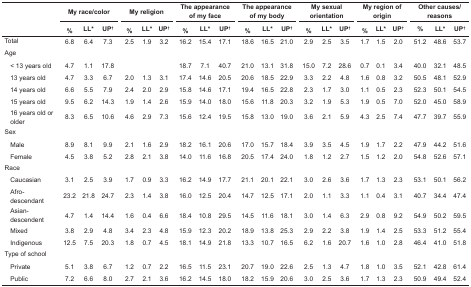
<table><thead><tr><td colspan="2"></td><td colspan="3"><b> My race/color</b></td><td></td><td colspan="3"><b> My religion</b></td><td></td><td colspan="3"><b> The appearance of my face</b></td><td></td><td colspan="3"><b> The appearance of my body</b></td><td></td><td colspan="3"><b> My sexual orientation</b></td><td></td><td colspan="3"><b> My region of origin</b></td><td></td><td colspan="3"><b> Other causes/reasons</b></td></tr><tr><td colspan="2"></td><td><b> %</b></td><td><b> LL*</b></td><td><b> UP<sup>†</sup></b></td><td></td><td><b> %</b></td><td><b> LL*</b></td><td><b> UP<sup>†</sup></b></td><td></td><td><b> %</b></td><td><b> LL*</b></td><td><b> UP<sup>†</sup></b></td><td></td><td><b> %</b></td><td><b> LL*</b></td><td><b> UP<sup>†</sup></b></td><td></td><td><b> %</b></td><td><b> LL*</b></td><td><b> UP<sup>†</sup></b></td><td></td><td><b> %</b></td><td><b> LL*</b></td><td><b> UP<sup>†</sup></b></td><td></td><td><b> %</b></td><td><b> LL*</b></td><td><b> UP<sup>†</sup></b></td></tr></thead><tbody><tr><td colspan="2"> Total</td><td> 6.8</td><td> 6.4</td><td> 7.3</td><td></td><td> 2.5</td><td> 1.9</td><td> 3.2</td><td></td><td> 16.2</td><td> 15.4</td><td> 17.1</td><td></td><td> 18.6</td><td> 16.5</td><td> 21.0</td><td></td><td> 2.9</td><td> 2.5</td><td> 3.5</td><td></td><td> 1.7</td><td> 1.5</td><td> 2.0</td><td></td><td> 51.2</td><td> 48.6</td><td> 53.7</td></tr><tr><td colspan="2"> Age</td><td></td><td></td><td></td><td></td><td></td><td></td><td></td><td></td><td></td><td></td><td></td><td></td><td></td><td></td><td></td><td></td><td></td><td></td><td></td><td></td><td></td><td></td><td></td><td></td><td></td><td></td><td></td></tr><tr><td></td><td> &lt; 13 years old</td><td> 4.7</td><td> 1.1</td><td> 17.8</td><td></td><td></td><td></td><td></td><td></td><td> 18.7</td><td> 7.1</td><td> 40.7</td><td></td><td> 21.0</td><td> 13.1</td><td> 31.8</td><td></td><td> 15.0</td><td> 7.2</td><td> 28.6</td><td></td><td> 0.7</td><td> 0.1</td><td> 3.4</td><td></td><td> 40.0</td><td> 32.1</td><td> 48.5</td></tr><tr><td></td><td> 13 years old</td><td> 4.7</td><td> 3.3</td><td> 6.7</td><td></td><td> 2.0</td><td> 1.3</td><td> 3.1</td><td></td><td> 17.4</td><td> 14.6</td><td> 20.5</td><td></td><td> 20.6</td><td> 18.5</td><td> 22.9</td><td></td><td> 3.3</td><td> 2.2</td><td> 4.8</td><td></td><td> 1.6</td><td> 0.8</td><td> 3.2</td><td></td><td> 50.5</td><td> 48.1</td><td> 52.9</td></tr><tr><td></td><td> 14 years old</td><td> 6.6</td><td> 5.5</td><td> 7.9</td><td></td><td> 2.4</td><td> 2.0</td><td> 2.9</td><td></td><td> 15.8</td><td> 14.6</td><td> 17.1</td><td></td><td> 19.4</td><td> 16.5</td><td> 22.8</td><td></td><td> 2.3</td><td> 1.7</td><td> 3.0</td><td></td><td> 1.1</td><td> 0.5</td><td> 2.3</td><td></td><td> 52.3</td><td> 50.1</td><td> 54.5</td></tr><tr><td></td><td> 15 years old</td><td> 9.5</td><td> 6.2</td><td> 14.3</td><td></td><td> 1.9</td><td> 1.4</td><td> 2.6</td><td></td><td> 15.9</td><td> 14.0</td><td> 18.0</td><td></td><td> 15.6</td><td> 11.8</td><td> 20.3</td><td></td><td> 3.2</td><td> 1.9</td><td> 5.3</td><td></td><td> 1.9</td><td> 0.5</td><td> 7.0</td><td></td><td> 52.0</td><td> 45.0</td><td> 58.9</td></tr><tr><td></td><td> 16 years old or older</td><td> 8.3</td><td> 6.5</td><td> 10.6</td><td></td><td> 4.6</td><td> 2.9</td><td> 7.3</td><td></td><td> 15.6</td><td> 12.4</td><td> 19.5</td><td></td><td> 15.8</td><td> 13.0</td><td> 19.0</td><td></td><td> 3.6</td><td> 2.1</td><td> 5.9</td><td></td><td> 4.3</td><td> 2.5</td><td> 7.4</td><td></td><td> 47.7</td><td> 39.7</td><td> 55.9</td></tr><tr><td colspan="2"> Sex</td><td></td><td></td><td></td><td></td><td></td><td></td><td></td><td></td><td></td><td></td><td></td><td></td><td></td><td></td><td></td><td></td><td></td><td></td><td></td><td></td><td></td><td></td><td></td><td></td><td></td><td></td><td></td></tr><tr><td></td><td> Male</td><td> 8.9</td><td> 8.1</td><td> 9.9</td><td></td><td> 2.1</td><td> 1.6</td><td> 2.9</td><td></td><td> 18.2</td><td> 16.1</td><td> 20.6</td><td></td><td> 17.0</td><td> 15.7</td><td> 18.4</td><td></td><td> 3.9</td><td> 3.5</td><td> 4.5</td><td></td><td> 1.9</td><td> 1.7</td><td> 2.2</td><td></td><td> 47.9</td><td> 44.2</td><td> 51.6</td></tr><tr><td></td><td> Female</td><td> 4.5</td><td> 3.8</td><td> 5.2</td><td></td><td> 2.8</td><td> 2.1</td><td> 3.8</td><td></td><td> 14.0</td><td> 11.6</td><td> 16.8</td><td></td><td> 20.5</td><td> 17.4</td><td> 24.0</td><td></td><td> 1.8</td><td> 1.2</td><td> 2.7</td><td></td><td> 1.5</td><td> 1.2</td><td> 2.0</td><td></td><td> 54.8</td><td> 52.6</td><td> 57.1</td></tr><tr><td colspan="2"> Race </td><td></td><td></td><td></td><td></td><td></td><td></td><td></td><td></td><td></td><td></td><td></td><td></td><td></td><td></td><td></td><td></td><td></td><td></td><td></td><td></td><td></td><td></td><td></td><td></td><td></td><td></td><td></td></tr><tr><td></td><td> Caucasian</td><td> 3.1</td><td> 2.5</td><td> 3.9</td><td></td><td> 1.7</td><td> 0.9</td><td> 3.3</td><td></td><td> 16.2</td><td> 14.9</td><td> 17.7</td><td></td><td> 21.1</td><td> 20.1</td><td> 22.1</td><td></td><td> 3.0</td><td> 2.6</td><td> 3.6</td><td></td><td> 1.7</td><td> 1.3</td><td> 2.3</td><td></td><td> 53.1</td><td> 50.1</td><td> 56.2</td></tr><tr><td></td><td> Afro-descendant</td><td> 23.2</td><td> 21.8</td><td> 24.7</td><td></td><td> 2.3</td><td> 1.4</td><td> 3.8</td><td></td><td> 16.0</td><td> 12.5</td><td> 20.4</td><td></td><td> 14.7</td><td> 12.5</td><td> 17.1</td><td></td><td> 2.0</td><td> 1.1</td><td> 3.3</td><td></td><td> 1.1</td><td> 0.4</td><td> 3.1</td><td></td><td> 40.7</td><td> 34.4</td><td> 47.4</td></tr><tr><td></td><td> Asian-descendent </td><td> 4.7</td><td> 1.4</td><td> 14.4</td><td></td><td> 1.6</td><td> 0.4</td><td> 6.6</td><td></td><td> 18.4</td><td> 10.8</td><td> 29.5</td><td></td><td> 14.5</td><td> 11.6</td><td> 18.1</td><td></td><td> 3.0</td><td> 1.4</td><td> 6.3</td><td></td><td> 2.9</td><td> 0.8</td><td> 9.2</td><td></td><td> 54.9</td><td> 50.2</td><td> 59.5</td></tr><tr><td></td><td> Mixed</td><td> 3.8</td><td> 2.9</td><td> 4.8</td><td></td><td> 3.4</td><td> 2.3</td><td> 4.8</td><td></td><td> 15.9</td><td> 12.3</td><td> 20.2</td><td></td><td> 18.9</td><td> 13.8</td><td> 25.3</td><td></td><td> 2.9</td><td> 2.2</td><td> 3.8</td><td></td><td> 1.9</td><td> 1.4</td><td> 2.5</td><td></td><td> 53.3</td><td> 51.2</td><td> 55.4</td></tr><tr><td></td><td> Indigenous </td><td> 12.5</td><td> 7.5</td><td> 20.3</td><td></td><td> 1.8</td><td> 0.7</td><td> 4.5</td><td></td><td> 18.1</td><td> 14.9</td><td> 21.8</td><td></td><td> 13.3</td><td> 10.7</td><td> 16.5</td><td></td><td> 6.2</td><td> 1.6</td><td> 20.7</td><td></td><td> 1.6</td><td> 1.0</td><td> 2.8</td><td></td><td> 46.4</td><td> 41.0</td><td> 51.8</td></tr><tr><td colspan="2"> Type of school</td><td></td><td></td><td></td><td></td><td></td><td></td><td></td><td></td><td></td><td></td><td></td><td></td><td></td><td></td><td></td><td></td><td></td><td></td><td></td><td></td><td></td><td></td><td></td><td></td><td></td><td></td><td></td></tr><tr><td></td><td> Private</td><td> 5.1</td><td> 3.8</td><td> 6.7</td><td></td><td> 1.2</td><td> 0.7</td><td> 2.2</td><td></td><td> 16.5</td><td> 11.5</td><td> 23.1</td><td></td><td> 20.7</td><td> 19.0</td><td> 22.6</td><td></td><td> 2.5</td><td> 1.3</td><td> 4.7</td><td></td><td> 1.8</td><td> 1.0</td><td> 3.5</td><td></td><td> 52.1</td><td> 42.8</td><td> 61.4</td></tr><tr><td></td><td> Public</td><td> 7.2</td><td> 6.6</td><td> 8.0</td><td></td><td> 2.7</td><td> 2.1</td><td> 3.6</td><td></td><td> 16.2</td><td> 14.5</td><td> 18.0</td><td></td><td> 18.2</td><td> 15.9</td><td> 20.6</td><td></td><td> 3.0</td><td> 2.5</td><td> 3.6</td><td></td><td> 1.7</td><td> 1.3</td><td> 2.3</td><td></td><td> 50.9</td><td> 49.4</td><td> 52.4</td></tr></tbody></table>